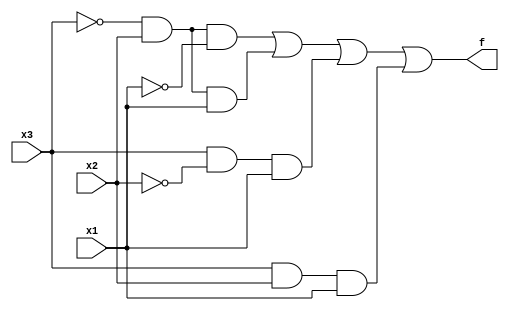
module truth(

    input x1, x2, x3,
    output f

);

    assign f = (~x3 & x2 & ~x1) | (~x3 & x2 & x1) | (x3 & ~x2 & x1) | (x3 & x2 & x1);
endmodule